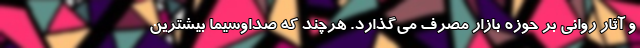
و آثار روانی بر حوزه بازار مصرف می‌گذارد. هرچند که صداوسیما بیشترین